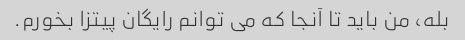
بله، من باید تا آنجا که می توانم رایگان پیتزا بخورم.